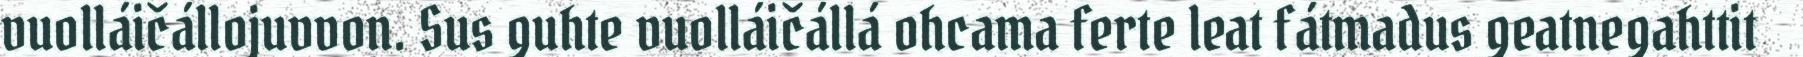
vuolláičállojuvvon. Sus guhte vuolláičállá ohcama ferte leat fátmadus geatnegahttit